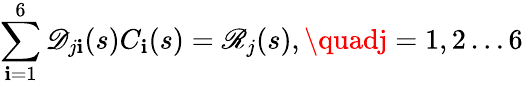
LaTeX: \sum_{\mathbf{i}=1}^{6}\mathscr{{D}}_{j\mathbf{i}}(s)C_{\mathbf{i}}(s)=\mathscr{{R}}_{j}(s),\quadj=1,2\ldots6